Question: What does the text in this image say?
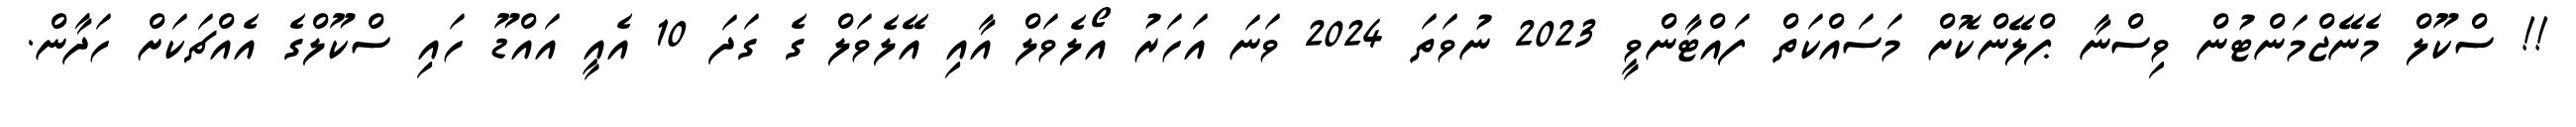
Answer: !! ސްކޫލް މެނޭޖްމަންޓުން ވިސްނާ ޕްލޭންކޮށް މަސައްކަތް ފައްޓާންވީ 2023 ނުވަތަ 2024 ވަނަ އަހަރު އޯލެވަލް އާއި އޭލެވަލް ގެ ގަދަ 10 އެއީ އައްޑޫ ހައި ސްކޫލްގެ އެއްޗަކަށް ހަދާން.